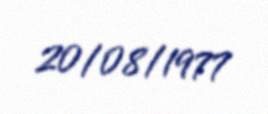
20/08/1977